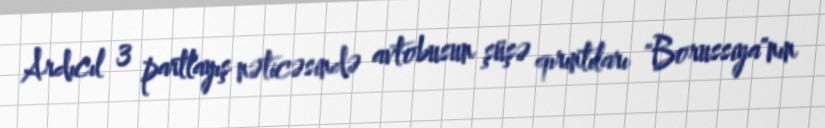
Ardıcıl 3 partlayış nəticəsində avtobusun şüşə qırıntıları "Borussiya"nın